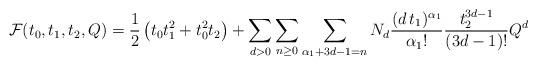
LaTeX: \begin{align*} \mathcal{F}(t_0,t_1,t_2,Q) = \frac{1}{2} \left(t_0 t_1^2 + t_0^2 t_2 \right) + \sum_{d > 0} \sum_{n \geq 0} \sum_{\alpha_1+3d-1=n} N_d \frac{(d \, t_1)^{\alpha_1}}{{\alpha_1}!} \frac{t_2^{3d-1}}{(3d-1)!} Q^d \end{align*}